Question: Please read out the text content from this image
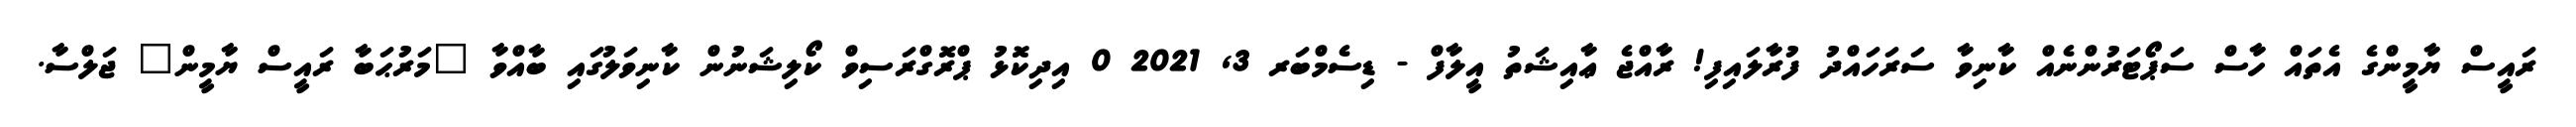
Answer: ރައީސް ޔާމީންގެ އެތައް ހާސް ސަޕޯޓަރުންނެއް ކާނިވާ ސަރަހައްދު ފުރާލައިފި! ރާއްޖެ ޢާއިޝަތު އީލާފް - ޑިސެމްބަރ 3, 2021 0 އިދިކޮޅު ޕްރޮގްރަސިވް ކޯލިޝަނުން ކާނިވަލުގައި ބާއްވާ "މަރުޙަބާ ރައީސް ޔާމީން" ޖަލްސާ.